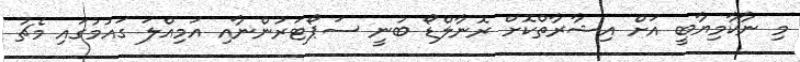
މި ނާކާމިޔާބީ އަށް އިޝާރާތްކޮށް ރޮނާލްޑޯ ބުނީ ސަޕޯޓަރުންނާއި އަމިއްލަ ގައުމުގައި މެޗު